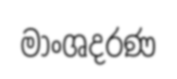
මාංශදරණ